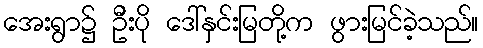
အေးရွာ၌ ဦးပို ဒေါ်နှင်းမြတို့က ဖွားမြင်ခဲ့သည်။